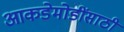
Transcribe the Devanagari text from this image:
आकडेमोडींसाठी